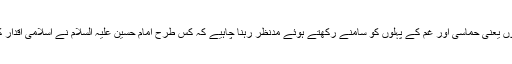
محرم میں دونوں یعنی حماسی اور غم کے پہلوں کو سامنے رکھتے ہوئے مدنظر رہنا چاہیے کہ کس طرح امام حسین علیہ السلام نے اسلامی اقدار کو زندہ فرمایا۔